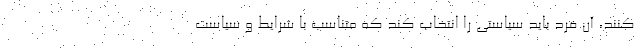
کنند، آن فرد باید سیاستی را انتخاب کند که متناسب با شرایط و سیاست